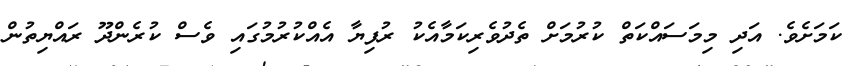
ކަމަށެވެ. އަދި މިމަސައްކަތް ކުރުމަށް ތެދުވެރިކަމާއެކު ރުފިޔާ އެއްކުރުމުގައި ވެސް ކުރެންދޫ ރައްޔިތުން